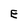
Character: E